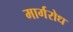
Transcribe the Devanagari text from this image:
मार्गरोध